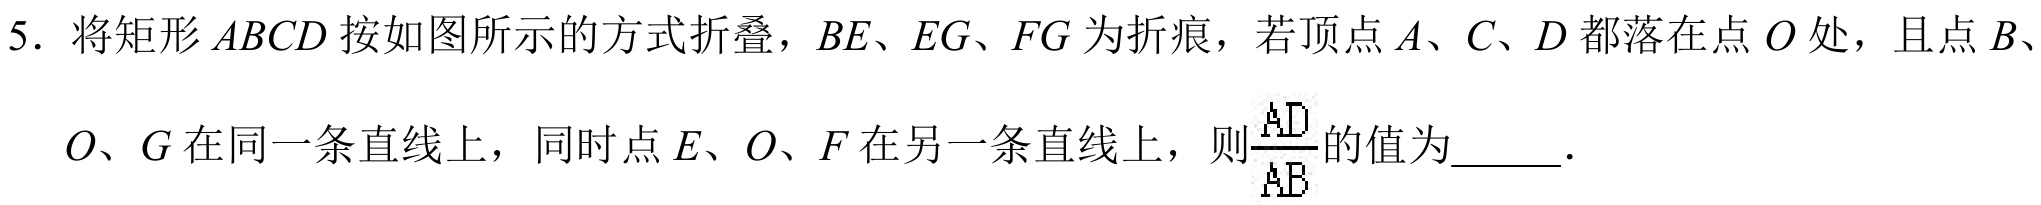
5. 将矩形\(ABCD\)按如图所示的方式折叠，\(BE、EG、FG\)为折痕，若顶点\(A、C、D\)都落在点\(O\)处，且点\(B、O、G\)在同一条直线上，同时点\(E、O、F\)在另一条直线上，则\(\frac{AD}{AB}\)的值为  ．